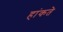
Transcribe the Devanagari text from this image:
हांकते